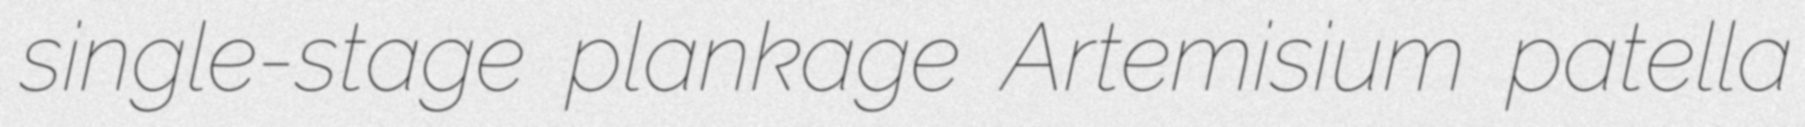
single-stage plankage Artemisium patella